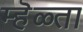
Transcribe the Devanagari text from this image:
म्हॆळ्ता